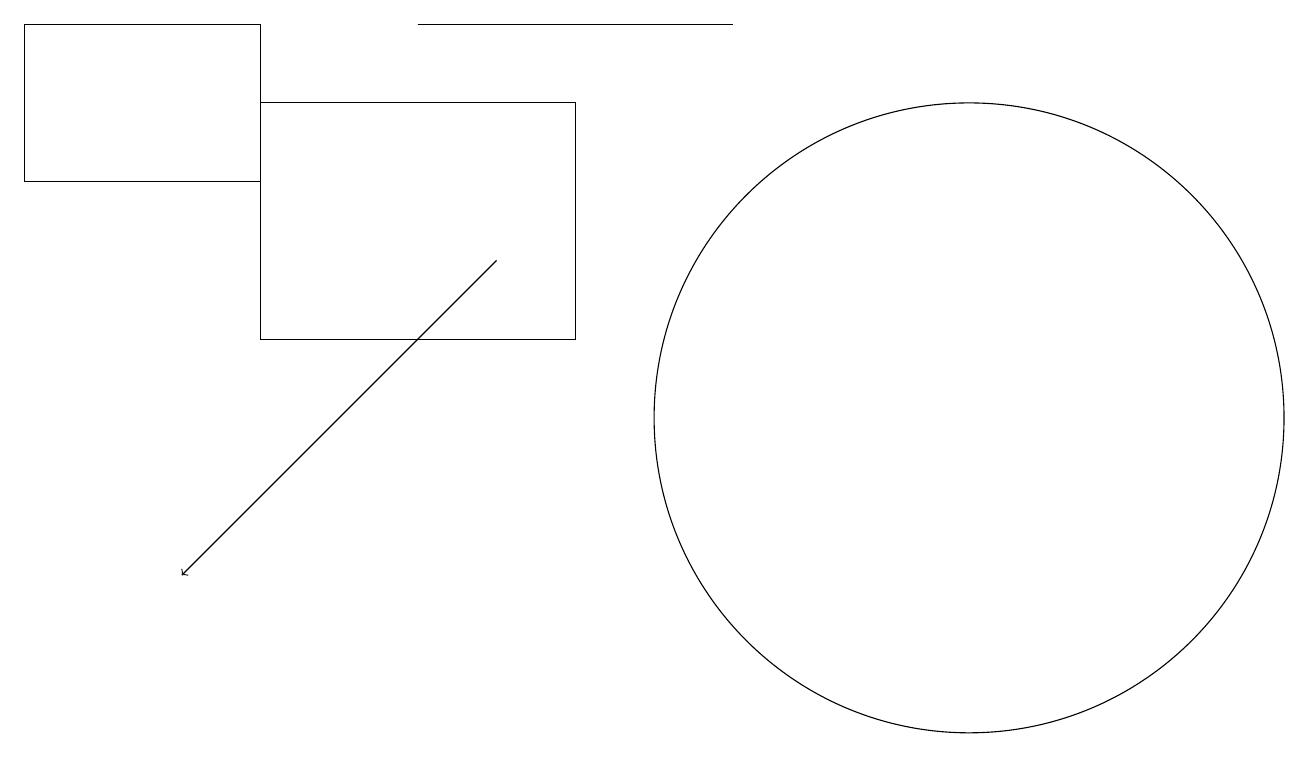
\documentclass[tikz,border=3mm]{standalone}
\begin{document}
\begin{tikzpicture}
\draw (3,17) rectangle (0,15);
\draw (12,12) circle (4);
\draw (9,17) rectangle (5,17);
\draw (7,13) rectangle (3,16);
\draw[->] (6,14) -- (2,10);
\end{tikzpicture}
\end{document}